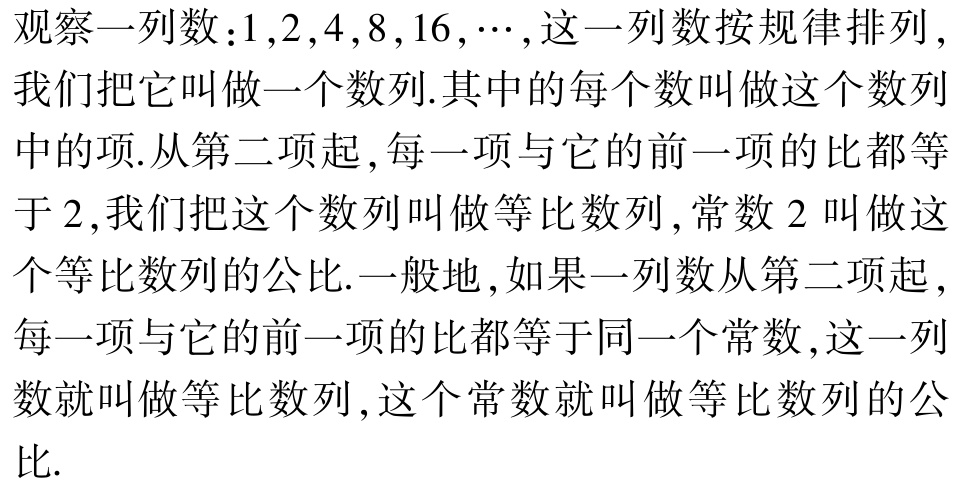
观察一列数：\(1,2,4,8,16,\cdots\)，这一列数按规律排列，我们把它叫做一个数列.其中的每个数叫做这个数列中的项.从第二项起，每一项与它的前一项的比都等于\(2\)，我们把这个数列叫做等比数列，常数\(2\)叫做这个等比数列的公比.一般地，如果一列数从第二项起，每一项与它的前一项的比都等于同一个常数，这一列数就叫做等比数列，这个常数就叫做等比数列的公比.